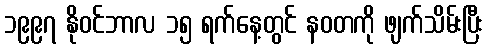
၁၉၉၇ နိုဝင်ဘာလ ၁၅ ရက်နေ့တွင် နဝတကို ဖျက်သိမ်းပြီး